Annual report of the Imperial Bacteriologist
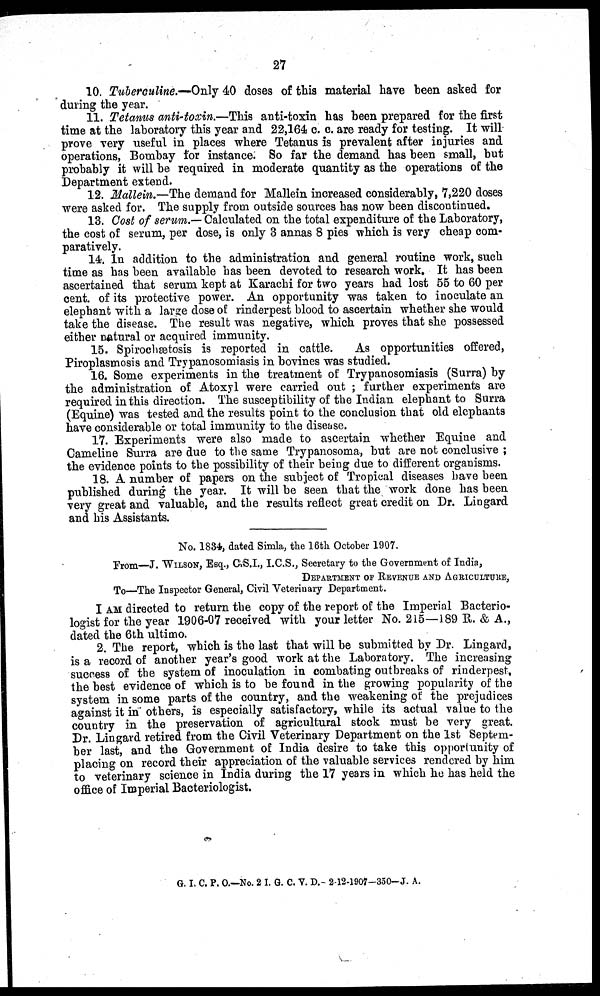
27
10. Tuberculine.—Only 40 doses of this material have been asked for
during the year.
11. Tetanus anti-toxin.—This anti-toxin has been prepared for the first
time at the laboratory this year and 22,164 c. c. are ready for testing. It will
prove very useful in places where Tetanus is prevalent after injuries and
operations, Bombay for instance. So far the demand has been small, but
probably it will be required in moderate quantity as the operations of the
Department extend.
12. Mallein.—The demand for Mallein increased considerably, 7,220 doses
were asked for. The supply from outside sources has now been discontinued.
13. Cost of serum.—Calculated on the total expenditure of the Laboratory,
the cost of serum, per dose, is only 3 annas 8 pies which is very cheap com-
paratively.
14. In addition to the administration and general routine work, such
time as has been available has been devoted to research work. It has been
ascertained that serum kept at Karachi for two years had lost 55 to 60 per
cent. of its protective power. An opportunity was taken to inoculate an
elephant with a large dose of rinderpest blood to ascertain whether she would
take the disease. The result was negative, which proves that she possessed
either natural or acquired immunity.
15. Spirochætosis is reported in cattle.
As opportunities offered,
Piroplasmosis and Trypanosomiasis in bovines was studied.
16. Some experiments in the treatment of Trypanosomiasis (Surra) by
the administration of Atoxyl were carried out ; further experiments are
required in this direction. The susceptibility of the Indian elephant to Surra
(Equine) was tested and the results point to the conclusion that old elephants
have considerable or total immunity to the disease.
17. Experiments were also made to ascertain whether Equine and
Cameline Surra are due to the same Trypanosoma, but are not conclusive ;
the evidence points to the possibility of their being due to different organisms.
18. A number of papers on the subject of Tropical diseases have been
published during the year. It will be seen that the work done has been
very great and valuable, and the results reflect great credit on Dr. Lingard
and his Assistants.
No. 1834, dated Simla, the 16th October 1907.
From—J. WILSON, Esq., C.S.I., I.C.S., Secretary to the Government of India,
DEPARTMENT OF REVENUE AND AGRICULTURE,
To—The Inspector General, Civil Veterinary Department.
I AM directed to return the copy of the report of the Imperial Bacterio-
logist for the year 1906-07 received with your letter No. 215—189 R. & A.,
dated the 6th ultimo.
2. The report, which is the last that will be submitted by Dr. Lingard,
is a record of another year's good work at the Laboratory. The increasing
success of the system of inoculation in combating outbreaks of rinderpest,
the best evidence of which is to be found in the growing popularity of the
system in some parts of the country, and the weakening of the prejudices
against it in others, is especially satisfactory, while its actual value to the
country in the preservation of agricultural stock must be very great.
Dr. Lingard retired from the Civil Veterinary Department on the 1st Septem-
ber last, and the Government of India desire to take this opportunity of
placing on record their appreciation of the valuable services rendered by him
to veterinary science in India during the 17 years in which he has held the
office of Imperial Bacteriologist.
G. I. C. P. O.—No. 2 I. G. C. V. D.- 2-12-1907-350-J. A.